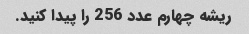
ریشه چهارم عدد 256 را پیدا کنید.